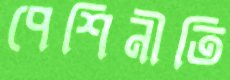
পেশিনীতি